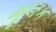
મૂલક